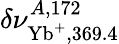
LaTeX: \delta\nu_{\mathrm{Yb}^{+},369.4}^{A,172}